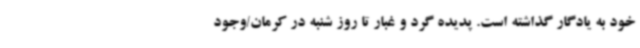
خود به یادگار گذاشته است. پدیده گرد و غبار تا روز شنبه در کرمان/وجود